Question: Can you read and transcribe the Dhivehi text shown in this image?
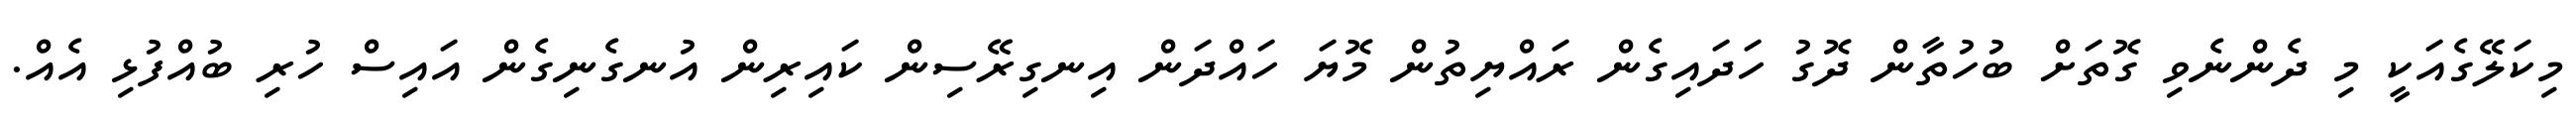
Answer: މިކަލޭގެއަކީ މި ދެންނެވި ގޮތަށް ބުހުތާން ދޮގު ހަދައިގެން ރައްޔިތުން މޮޔަ ހައްދަން އިނގިރޭސިން ކައިރިން އުނގެނިގެން އައިސް ހުރި ބުއްފުޅި އެއް.